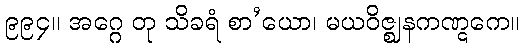
၉၉၄။ အဂ္ဂေ တု သိခရံ စာ’ယော၊ မယဝိဇ္ဈနကဏ္ဋကေ။